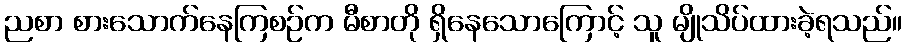
ညစာ စားသောက်နေကြစဉ်က မီစာတို ရှိနေသောကြောင့် သူ မျိုသိပ်ထားခဲ့ရသည်။